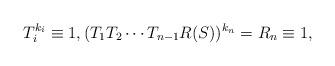
LaTeX: \begin{align*}T^{k_i}_i\equiv 1,(T_1 T_2 \cdots T_{n-1} R(S))^{k_n}=R_n\equiv 1,\end{align*}